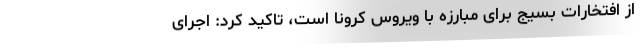
از افتخارات بسیج برای مبارزه با ویروس کرونا است، تاکید کرد: اجرای